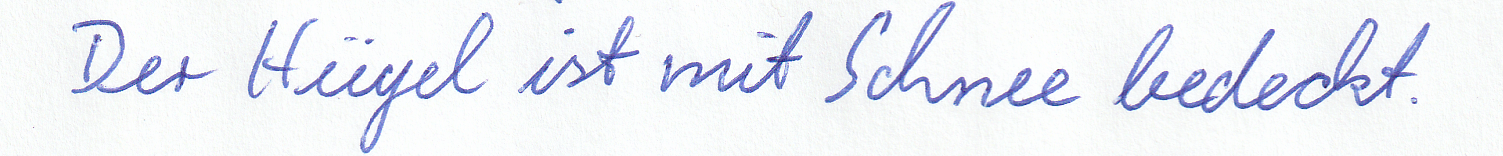
Der Hügel ist mit Schnee bedeckt.